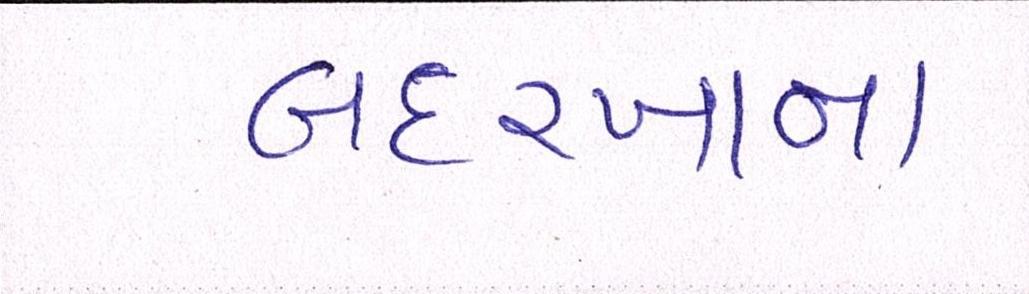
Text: બદરખાના